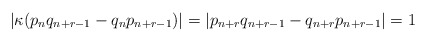
\begin{align*} \left| \kappa ( p_n q_{n + r - 1} - q_n p_{n + r - 1} ) \right| = \left| p_{n + r} q_{n + r - 1} - q_{n + r} p_{n + r - 1} \right| = 1 \end{align*}